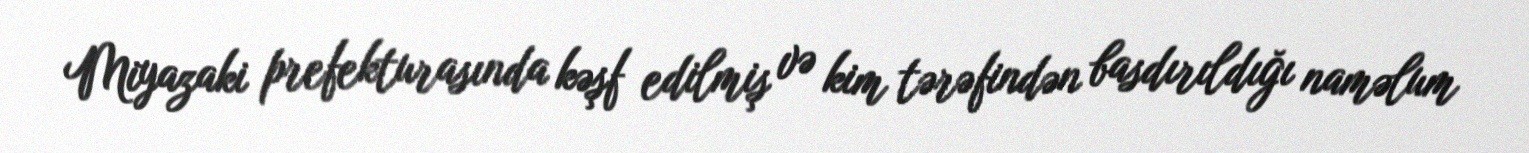
Miyazaki prefekturasında kəşf edilmiş və kim tərəfindən basdırıldığı naməlum